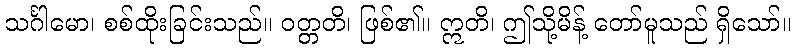
သင်္ဂါမော၊ စစ်ထိုးခြင်းသည်။ ဝတ္တတိ၊ ဖြစ်၏။ ဣတိ၊ ဤသို့မိန့် တော်မူသည် ရှိသော်။